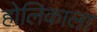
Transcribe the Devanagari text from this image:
होलिकाला